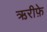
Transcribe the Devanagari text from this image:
ऋरीफ़े